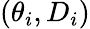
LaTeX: (\theta_{i},D_{i})